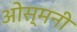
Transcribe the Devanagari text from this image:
ओस्मनी